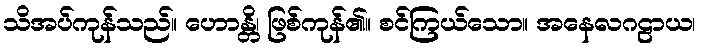
သိအပ်ကုန်သည်။ ဟောန္တိ၊ ဖြစ်ကုန်၏။ စင်ကြယ်သော။ အနေလဂဠာယ၊